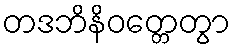
တဒဘိနိဝတ္တေတွာ